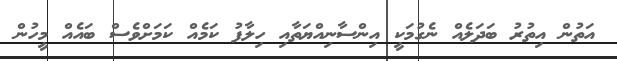
އަތުން އިތުރު ބަދަލެއް ނެގުމަކީ އިންސާނިއްޔަތާއި ހިލާފު ކަމެއް ކަމަށްވެސް ބައެއް މީހުން